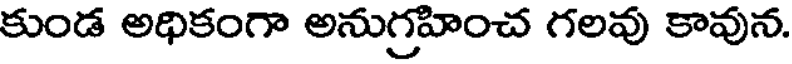
కుండ అధికంగా అనుగ్రహించ గలవు కావున.